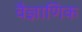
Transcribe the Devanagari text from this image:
वैज्ञाणिक